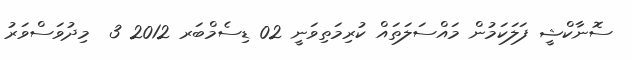
ސޮނާކްޝީ ފަލަކަމުން މައްސަލަތައް ކުރިމަތިވަނީ 02 ޑިސެމްބަރ 2012 3  މިދުވަސްވަރު